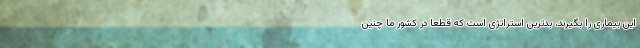
این بیماری را بگیرند، بدترین استراتژی است که قطعا در کشور ما چنین